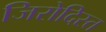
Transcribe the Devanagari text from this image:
जिरोदिस्त